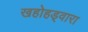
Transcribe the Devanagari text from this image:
खहोहड्वारा